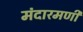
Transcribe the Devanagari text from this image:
मंदारमणी